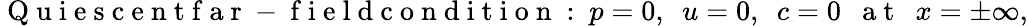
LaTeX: \mathrm{~Q~u~i~e~s~c~e~n~t~f~a~r~-~f~i~e~l~d~c~o~n~d~i~t~i~o~n~:~}p=0,~~u=0,~~c=0~~\mathrm{~a~t~}~~x=\pm\infty,